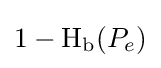
1-\operatorname {H} _{\text{b}}(P_{e})